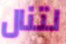
لتنال